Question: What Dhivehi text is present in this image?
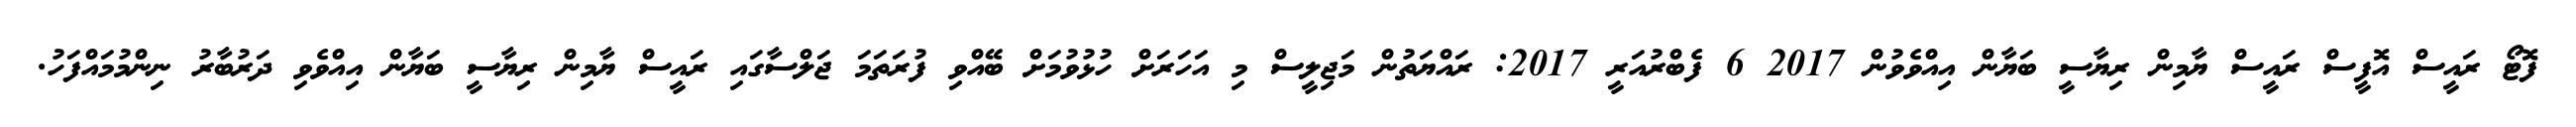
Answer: ފޮޓޯ ރައީސް އޮފީސް ރައީސް ޔާމިން ރިޔާސީ ބަޔާން އިއްވެވުން 2017 6 ފެބްރުއަރީ 2017: ރައްޔަތުން މަޖިލީސް މި އަހަރަށް ހުޅުވުމަށް ބޭއްވި ފުރަތަމަ ޖަލްސާގައި ރައީސް ޔާމިން ރިޔާސީ ބަޔާން އިއްވެވި ދަރުބާރު ނިންމުމައްފަހު.